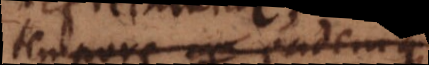
tempore eademqu